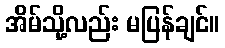
အိမ်သို့လည်း မပြန်ချင်။